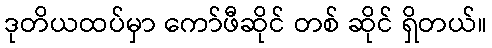
ဒုတိယထပ်မှာ ကော်ဖီဆိုင် တစ် ဆိုင် ရှိတယ်။